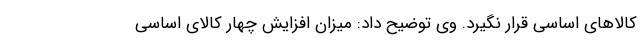
کالاهای اساسی قرار نگیرد. وی توضیح داد: میزان افزایش چهار کالای اساسی